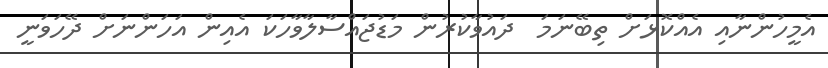
އެމީހުންނާއި އެއްކޮޅަށް ތިބޭނަމަ  ދައުވާކުރުން މަޑުޖައްސާލާވާހަކަ އެއިން އަހަންނަށް ދޭހަވަނީ